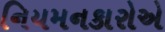
નિયમનકારોએ